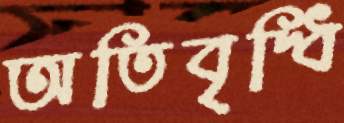
অতিবৃদ্ধি